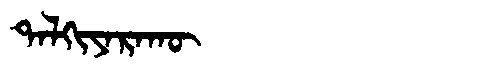
Manchu: ᡨᠠᠯᡴᡳᠶᠠᡵᠠᡴᡡ
Romanization: TALKIYARAKŪ